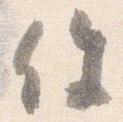
件